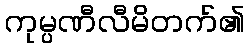
ကုမ္ပဏီလီမိတက်၏